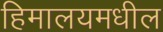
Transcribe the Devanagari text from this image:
हिमालयमधील